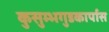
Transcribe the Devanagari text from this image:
कुसुम्भगुडकार्पास